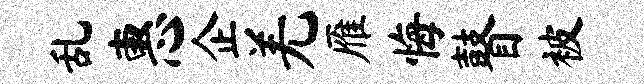
乱惠企羌雁悔瞽被